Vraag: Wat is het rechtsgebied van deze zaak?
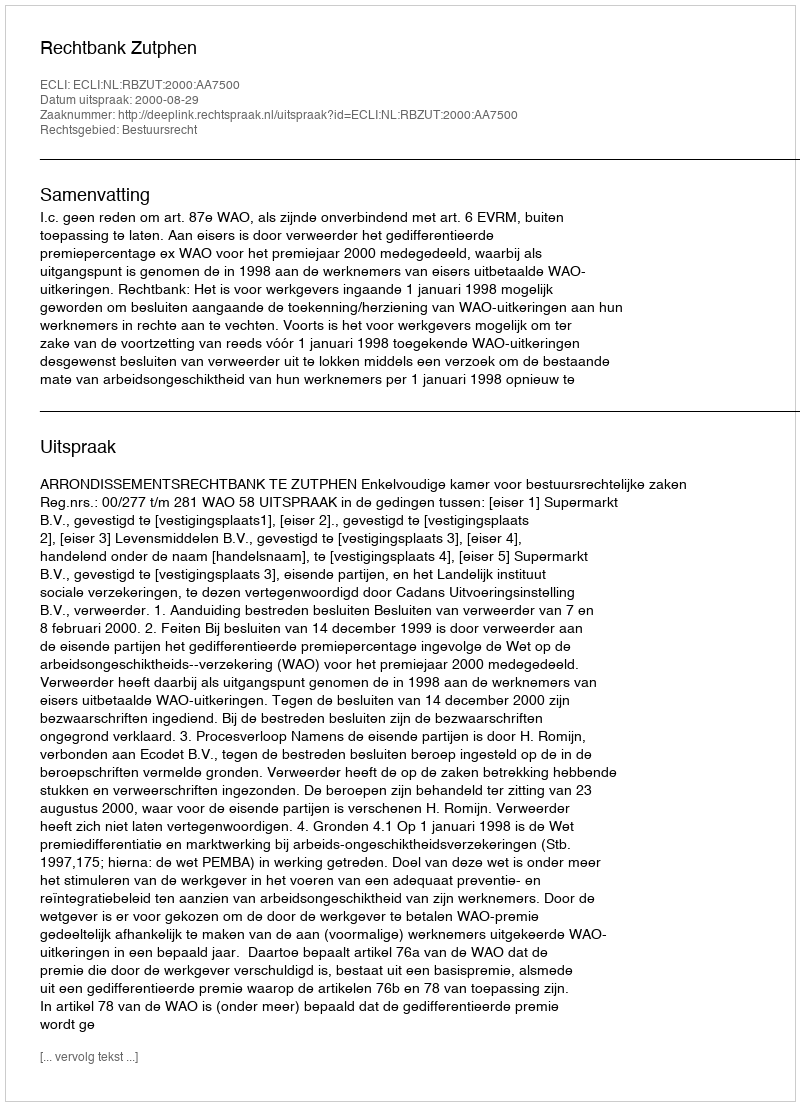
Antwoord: Bestuursrecht